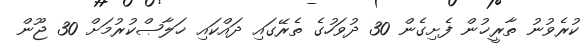
ކުރެވުނު ތާރީޚުން ފެށިގެން 30 ދުވަހުގެ ތެރޭގައި ދައްކައި ޚަލާޞްކުރުމަށް 30 ޖޫން